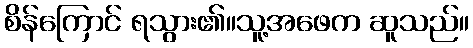
စိန်ကြောင် ရသွား၏။သူ့အဖေက ဆူသည်။